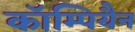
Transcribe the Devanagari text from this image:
कॉम्पियैन